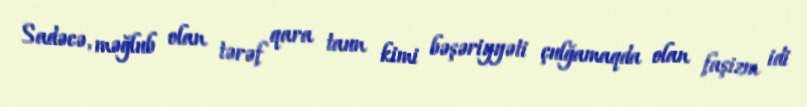
Sadəcə, məğlub olan tərəf qara taun kimi bəşəriyyəti çulğamaqda olan faşizm idi